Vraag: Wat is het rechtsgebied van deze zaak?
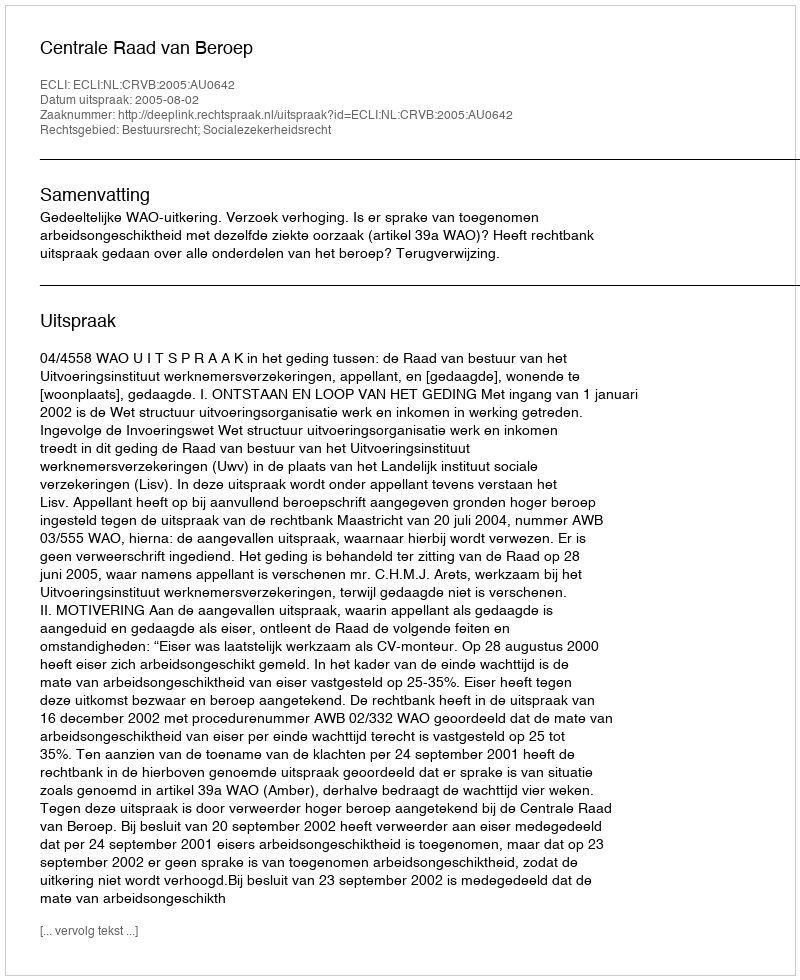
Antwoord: Bestuursrecht; Socialezekerheidsrecht